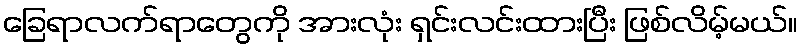
ခြေရာလက်ရာတွေကို အားလုံး ရှင်းလင်းထားပြီး ဖြစ်လိမ့်မယ်။